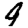
Digit: 9